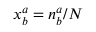
x _ { b } ^ { a } = n _ { b } ^ { a } / N